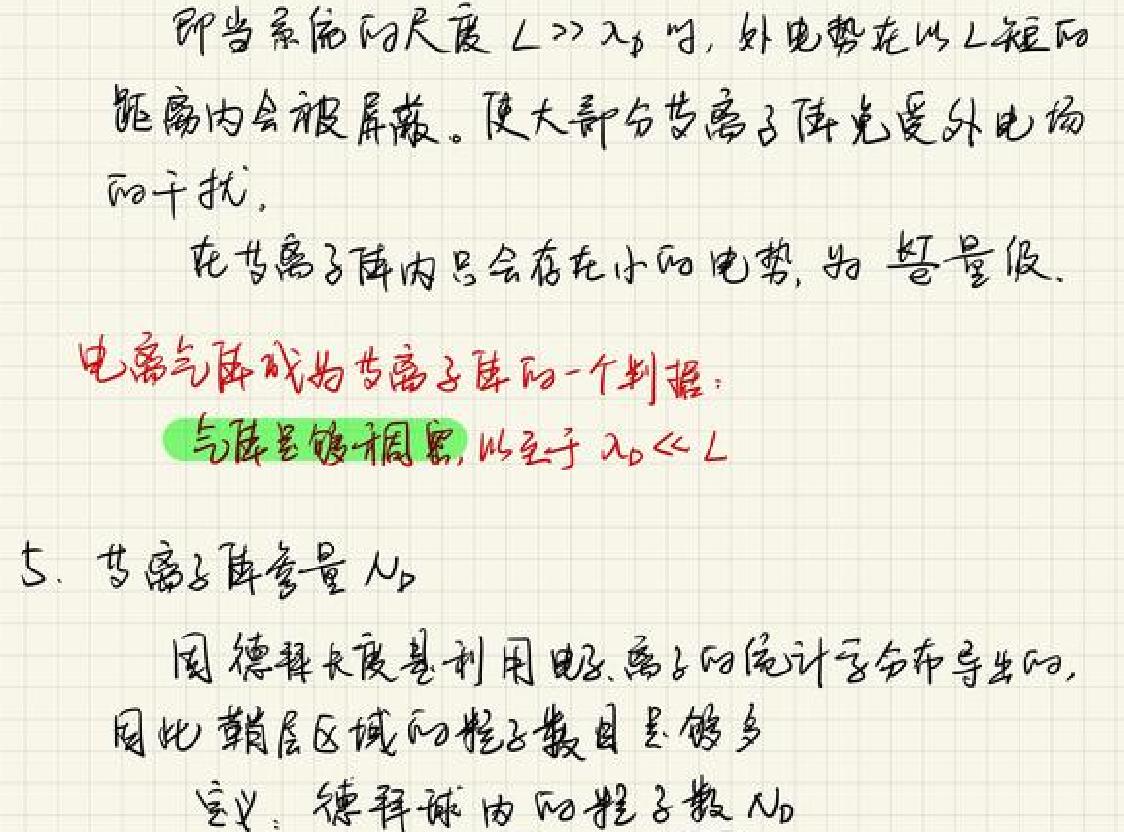
即当系统的尺度$L\gg\lambda_{D}$时，外电势在以L短的距离内会被屏蔽。使大部分等离子体免受外电场的干扰。\\
在等离子体内只会存在小的电势，为\mathfrak{O}量级。\\
电离气体成为等离子体的一个判据：\\
气体足够稠密，以至于$\lambda_{D}\ll L$\\
5. 等离子体参量$N_{D}$\\
用德拜长度是利用电离子的统计学分布导出的，因此鞘层区域的粒子数目足够多\\
定义：德拜球内的粒子数$N_{D}$ $